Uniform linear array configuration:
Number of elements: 64
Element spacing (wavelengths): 0.5
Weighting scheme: hamming
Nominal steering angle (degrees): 0
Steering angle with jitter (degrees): -0.6433
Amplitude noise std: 0.05
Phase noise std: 0.05

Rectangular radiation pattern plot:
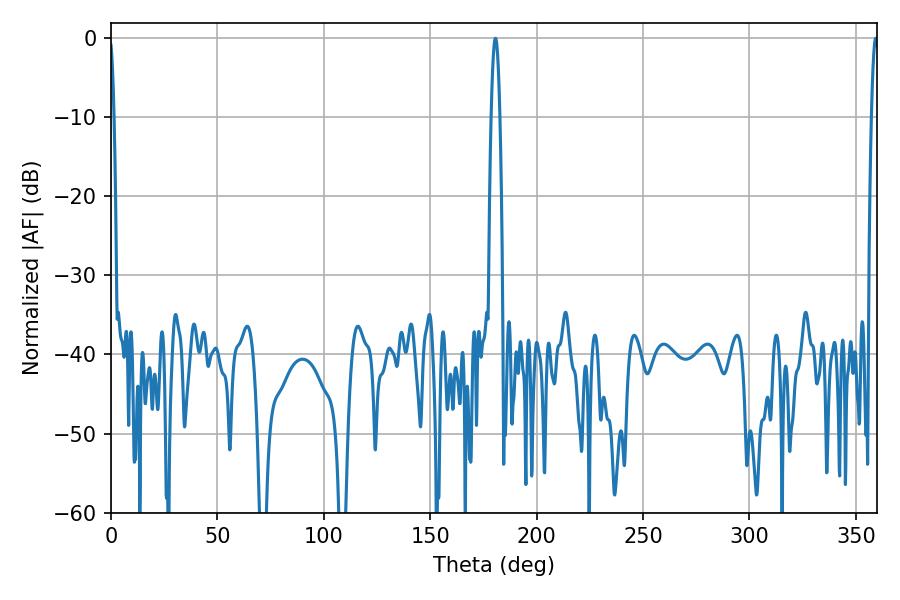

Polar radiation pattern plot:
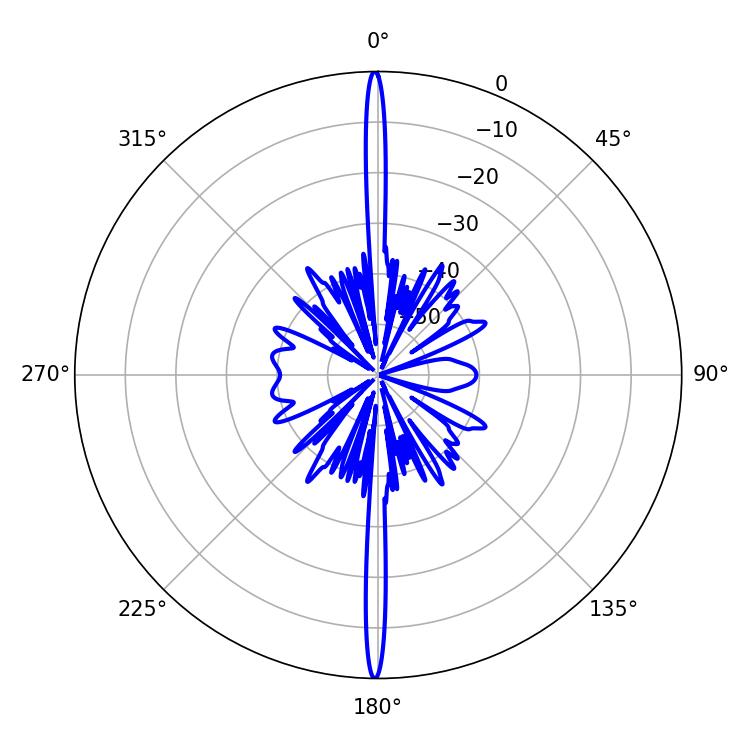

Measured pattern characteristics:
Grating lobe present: FALSE
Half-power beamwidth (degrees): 1.8
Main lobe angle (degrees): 359.28